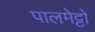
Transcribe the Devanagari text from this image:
पालमेट्टो